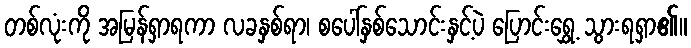
တစ်လုံးကို အမြန်ရှာရကာ လခနှစ်ရာ၊ စပေါ်နှစ်သောင်းနှင့်ပဲ ပြောင်းရွှေ့ သွားရရှာ၏။